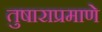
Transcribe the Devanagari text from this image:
तुषाराप्रमाणे